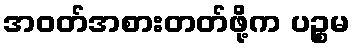
အဝတ်အစားတတ်ဖို့က ပဉ္စမ